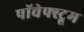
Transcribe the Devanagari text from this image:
पॉचेफ्स्ट्रूम